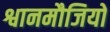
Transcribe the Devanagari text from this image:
श्वानमौजियों